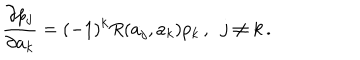
LaTeX: { \frac { \partial p _ { j } } { \partial a _ { k } } } = ( - 1 ) ^ { k } R ( a _ { j } , a _ { k } ) p _ { k } \, , \ \ j \neq k \, .